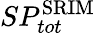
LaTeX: SP_{tot}^{\mathrm{SRIM}}